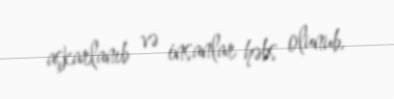
aşkarlanıb və insanlar həbs olunub.